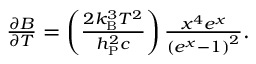
\begin{array} { r } { \frac { \partial B } { \partial T } = \left( \frac { 2 k _ { \mathrm { B } } ^ { 3 } T ^ { 2 } } { h _ { \mathrm { P } } ^ { 2 } c } \right) \frac { x ^ { 4 } e ^ { x } } { \left( e ^ { x } - 1 \right) ^ { 2 } } . } \end{array}